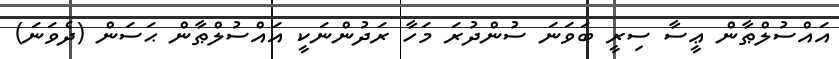
އައްސުލްޠާން ޢީސާ ސިރީ ބަވަނަ ސުންދުރަ މަހާ ރަދުންނަކީ އައްސުލްޠާން ޙަސަން (ދެވަނަ)